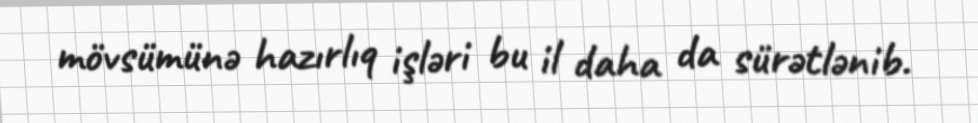
mövsümünə hazırlıq işləri bu il daha da sürətlənib.